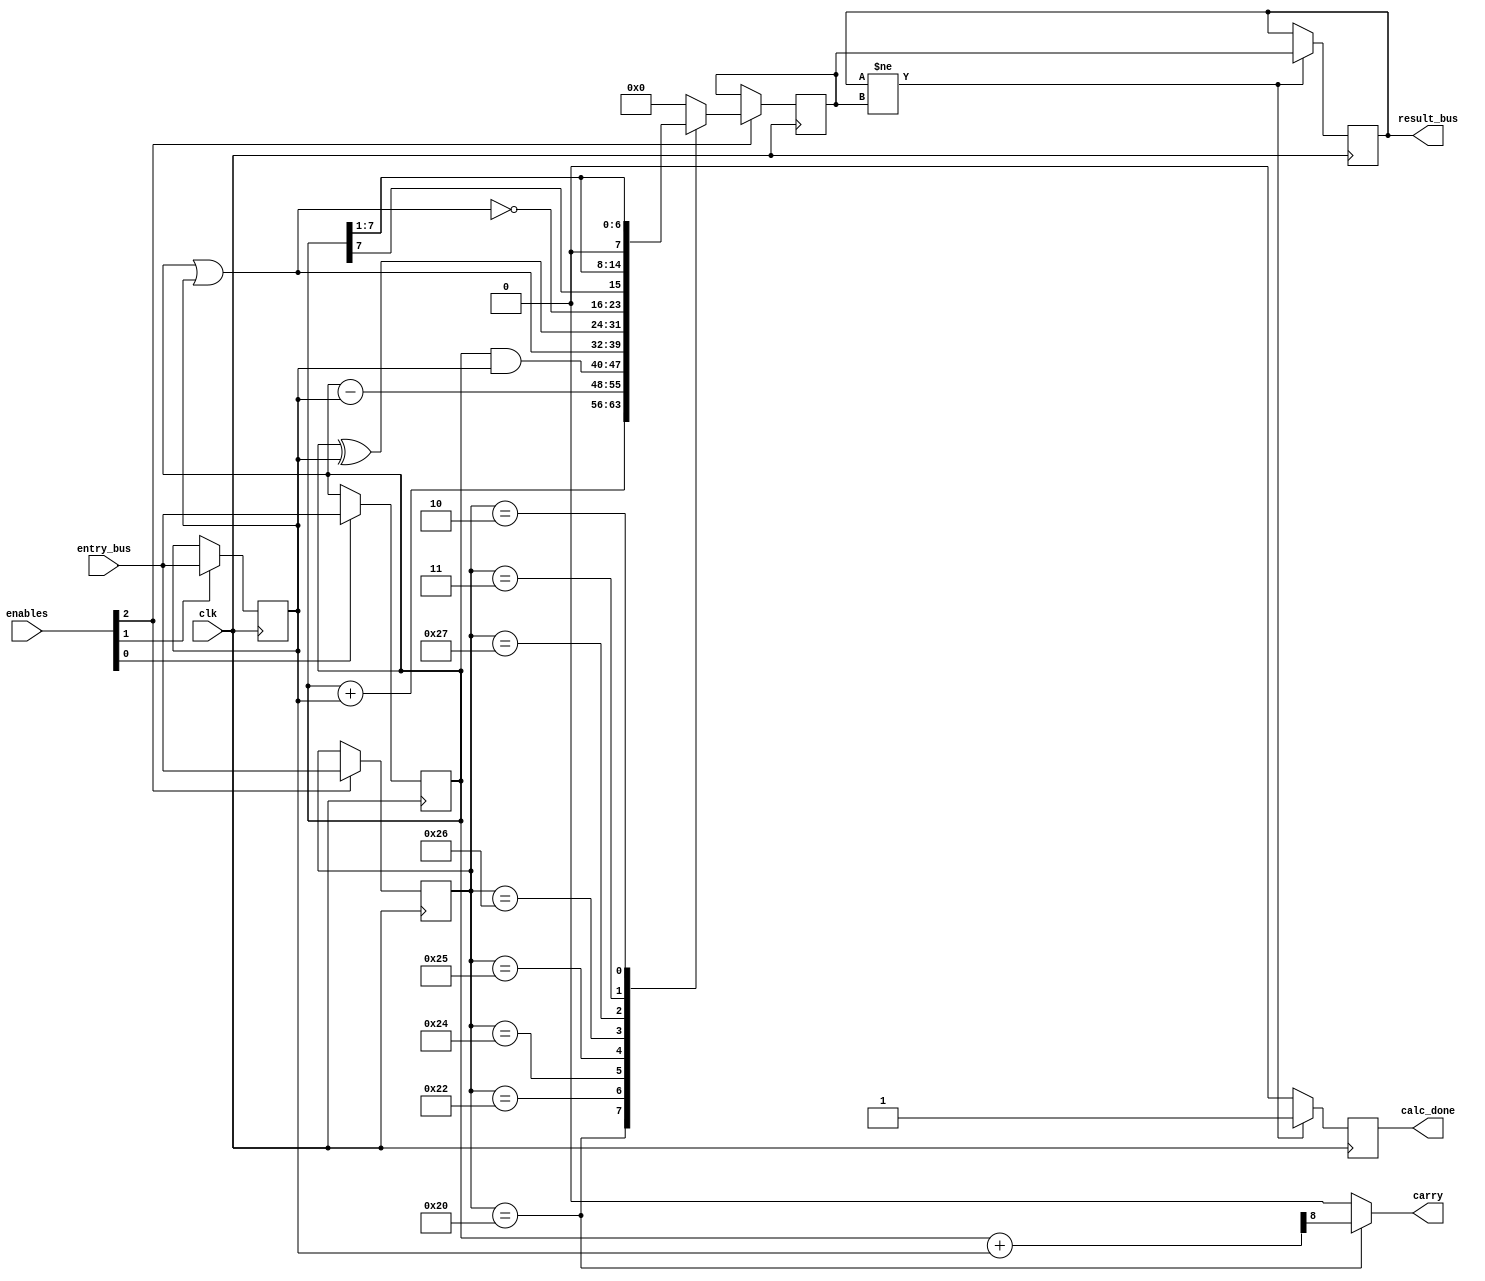
module ALU #(
    parameter DATA_BUS = 8,
    parameter OP_BUS = 6
)
(
    input   wire                        clk,
    input   wire [DATA_BUS-1:0]         entry_bus,
    input   wire [2:0]                  enables,
    output  wire [DATA_BUS-1:0]         result_bus,
    output  wire                        carry,
    output  wire                        calc_done
);

localparam ADD_OP   = 6'h20;
localparam SUB_OP   = 6'h22;
localparam AND_OP   = 6'h24;
localparam OR_OP    = 6'h25;
localparam XOR_OP   = 6'h26;
localparam NOR_OP   = 6'h27;
localparam SRA_OP   = 6'h3;
localparam SRL_OP   = 6'h2;


reg [DATA_BUS-1:0]  op_A;
reg [DATA_BUS-1:0]  op_B;
reg [DATA_BUS-1:0]  op_code;
reg [DATA_BUS-1:0]  result;
reg [DATA_BUS-1:0]  result_next;
reg                 calc_done_reg;

wire [DATA_BUS:0]   tmp;


always @(posedge clk)
begin
    if (result != result_next)
    begin
        calc_done_reg <= 1'b1;
        result <= result_next;
    end
    else
        calc_done_reg = 1'b0;
    
    if (enables[0] == 1)
        op_A <= entry_bus;
    if (enables[1] == 1)
        op_B <= entry_bus;
    if (enables[2] == 1)
        begin
            op_code <= entry_bus;
    
            case(op_code)
                ADD_OP : result_next <= op_A + op_B;
                SUB_OP : result_next <= op_A - op_B;
                AND_OP : result_next <= op_A & op_B;
                OR_OP  : result_next <= op_A | op_B;
                XOR_OP : result_next <= op_A ^ op_B;
                NOR_OP : result_next <= ~(op_A | op_B);
                SRA_OP : result_next <= {op_A[DATA_BUS-1], op_A[DATA_BUS-1 : 1]};
                SRL_OP : result_next <= op_A >> 1;
                default: result_next <= {DATA_BUS{1'b0}};
            endcase
        end
end
    
assign result_bus = result;  
assign tmp = {1'b0,op_A} + {1'b0,op_B};  
assign carry = (op_code==ADD_OP) ? tmp[8] : 1'b0;
assign calc_done = calc_done_reg;

endmodule